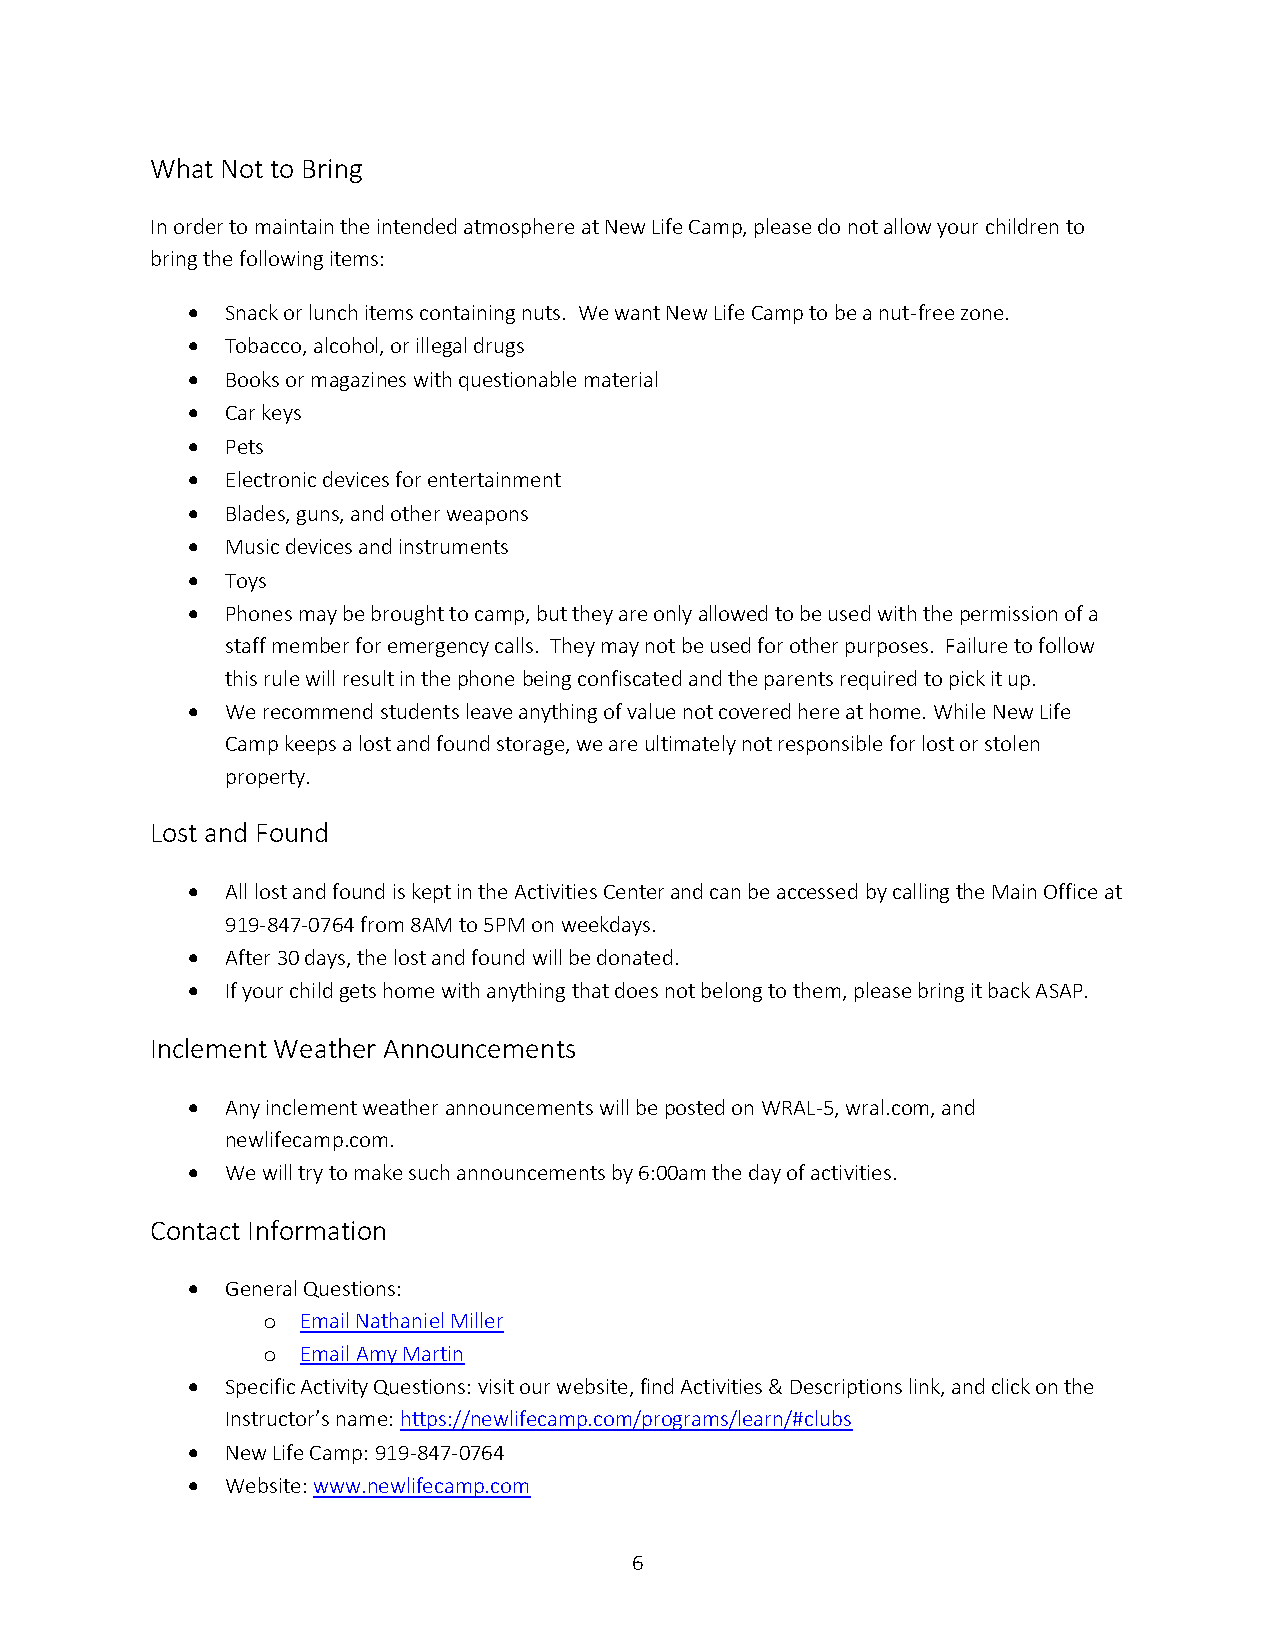
What Not to Bring
 In order to maintain the intended atmosphere at New Life Camp, please do not allow your children to
 bring the following items:
 •  Snack or lunch items containing nuts. We want New Life Camp to be a nut-free zone.
 •  Tobacco, alcohol, or illegal drugs
 •  Books or magazines with questionable material
 •  Car keys
 •  Pets
 •  Electronic devices for entertainment
 •  Blades, guns, and other weapons
 •  Music devices and instruments
 •  Toys
 •  Phones may be brought to camp, but they are only allowed to be used with the permission of a
 staff member for emergency calls. They may not be used for other purposes. Failure to follow
 this rule will result in the phone being confiscated and the parents required to pick it up.
 •  We recommend students leave anything of value not covered here at home. While New Life
 Camp keeps a lost and found storage, we are ultimately not responsible for lost or stolen
 property.
 Lost and Found
 •  All lost and found is kept in the Activities Center and can be accessed by calling the Main Office at
 919-847-0764 from 8AM to 5PM on weekdays.
 •  After 30 days, the lost and found will be donated.
 •  If your child gets home with anything that does not belong to them, please bring it back ASAP.
 Inclement Weather Announcements
 •  Any inclement weather announcements will be posted on WRAL-5, wral.com, and
 newlifecamp.com.
 •  We will try to make such announcements by 6:00am the day of activities.
 Contact Information
 •  General Questions:
 o  Email Nathaniel Miller
 o  Email Amy Martin
 •  Specific Activity Questions: visit our website, find Activities & Descriptions link, and click on the
 Instructor’s name: https://newlifecamp.com/programs/learn/#clubs
 •  New Life Camp: 919-847-0764
 •  Website: www.newlifecamp.com
 6